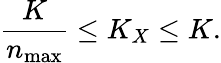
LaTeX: \frac{K}{n_{\operatorname*{max}}}\leq K_{X}\leq K.